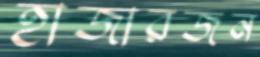
হাজারজন